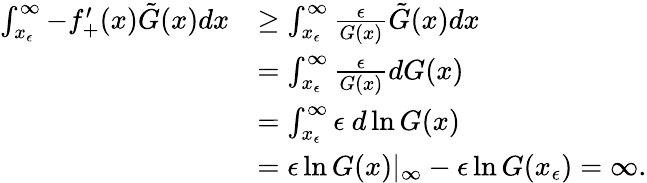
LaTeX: \begin{array}{rl}{\int_{x_{\epsilon}}^{\infty}-f_{+}^{\prime}(x)\tilde{G}(x)dx}&{\geq\int_{x_{\epsilon}}^{\infty}\frac{\epsilon}{G(x)}\tilde{G}(x)dx}\\ &{=\int_{x_{\epsilon}}^{\infty}\frac{\epsilon}{G(x)}dG(x)}\\ &{=\int_{x_{\epsilon}}^{\infty}\epsilon\ d\ln{G(x)}}\\ &{=\epsilon\ln{G(x)}|_{\infty}-\epsilon\ln{G(x_{\epsilon})}=\infty.}\end{array}